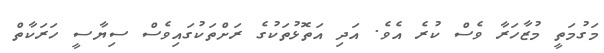
މަގުމަތީ މުޒާހަރާ ވެސް ކުރެ އެވެ. އަދި އަތޮޅުތަކުގެ ރަށްތަކުގައިވެސް ސިޔާސީ ހަރަކާތް